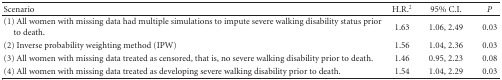
<table><thead><tr><td><b>Scenario</b></td><td><b>H.R.<sup>2</sup></b></td><td><b>95% C.I.</b></td><td><b><i>P</i></b></td></tr></thead><tbody><tr><td>(1) All women with missing data had multiple simulations to impute severe walking disability status priorto death.</td><td>1.63</td><td>1.06, 2.49</td><td>0.03</td></tr><tr><td>(2) Inverse probability weighting method (IPW)</td><td>1.56</td><td>1.04, 2.36</td><td>0.03</td></tr><tr><td>(3) All women with missing data treated as censored, that is, no severe walking disability prior to death.</td><td>1.46</td><td>0.95, 2.23</td><td>0.08</td></tr><tr><td>(4) All women with missing data treated as developing severe walking disability prior to death.</td><td>1.54</td><td>1.04, 2.29</td><td>0.03</td></tr></tbody></table>